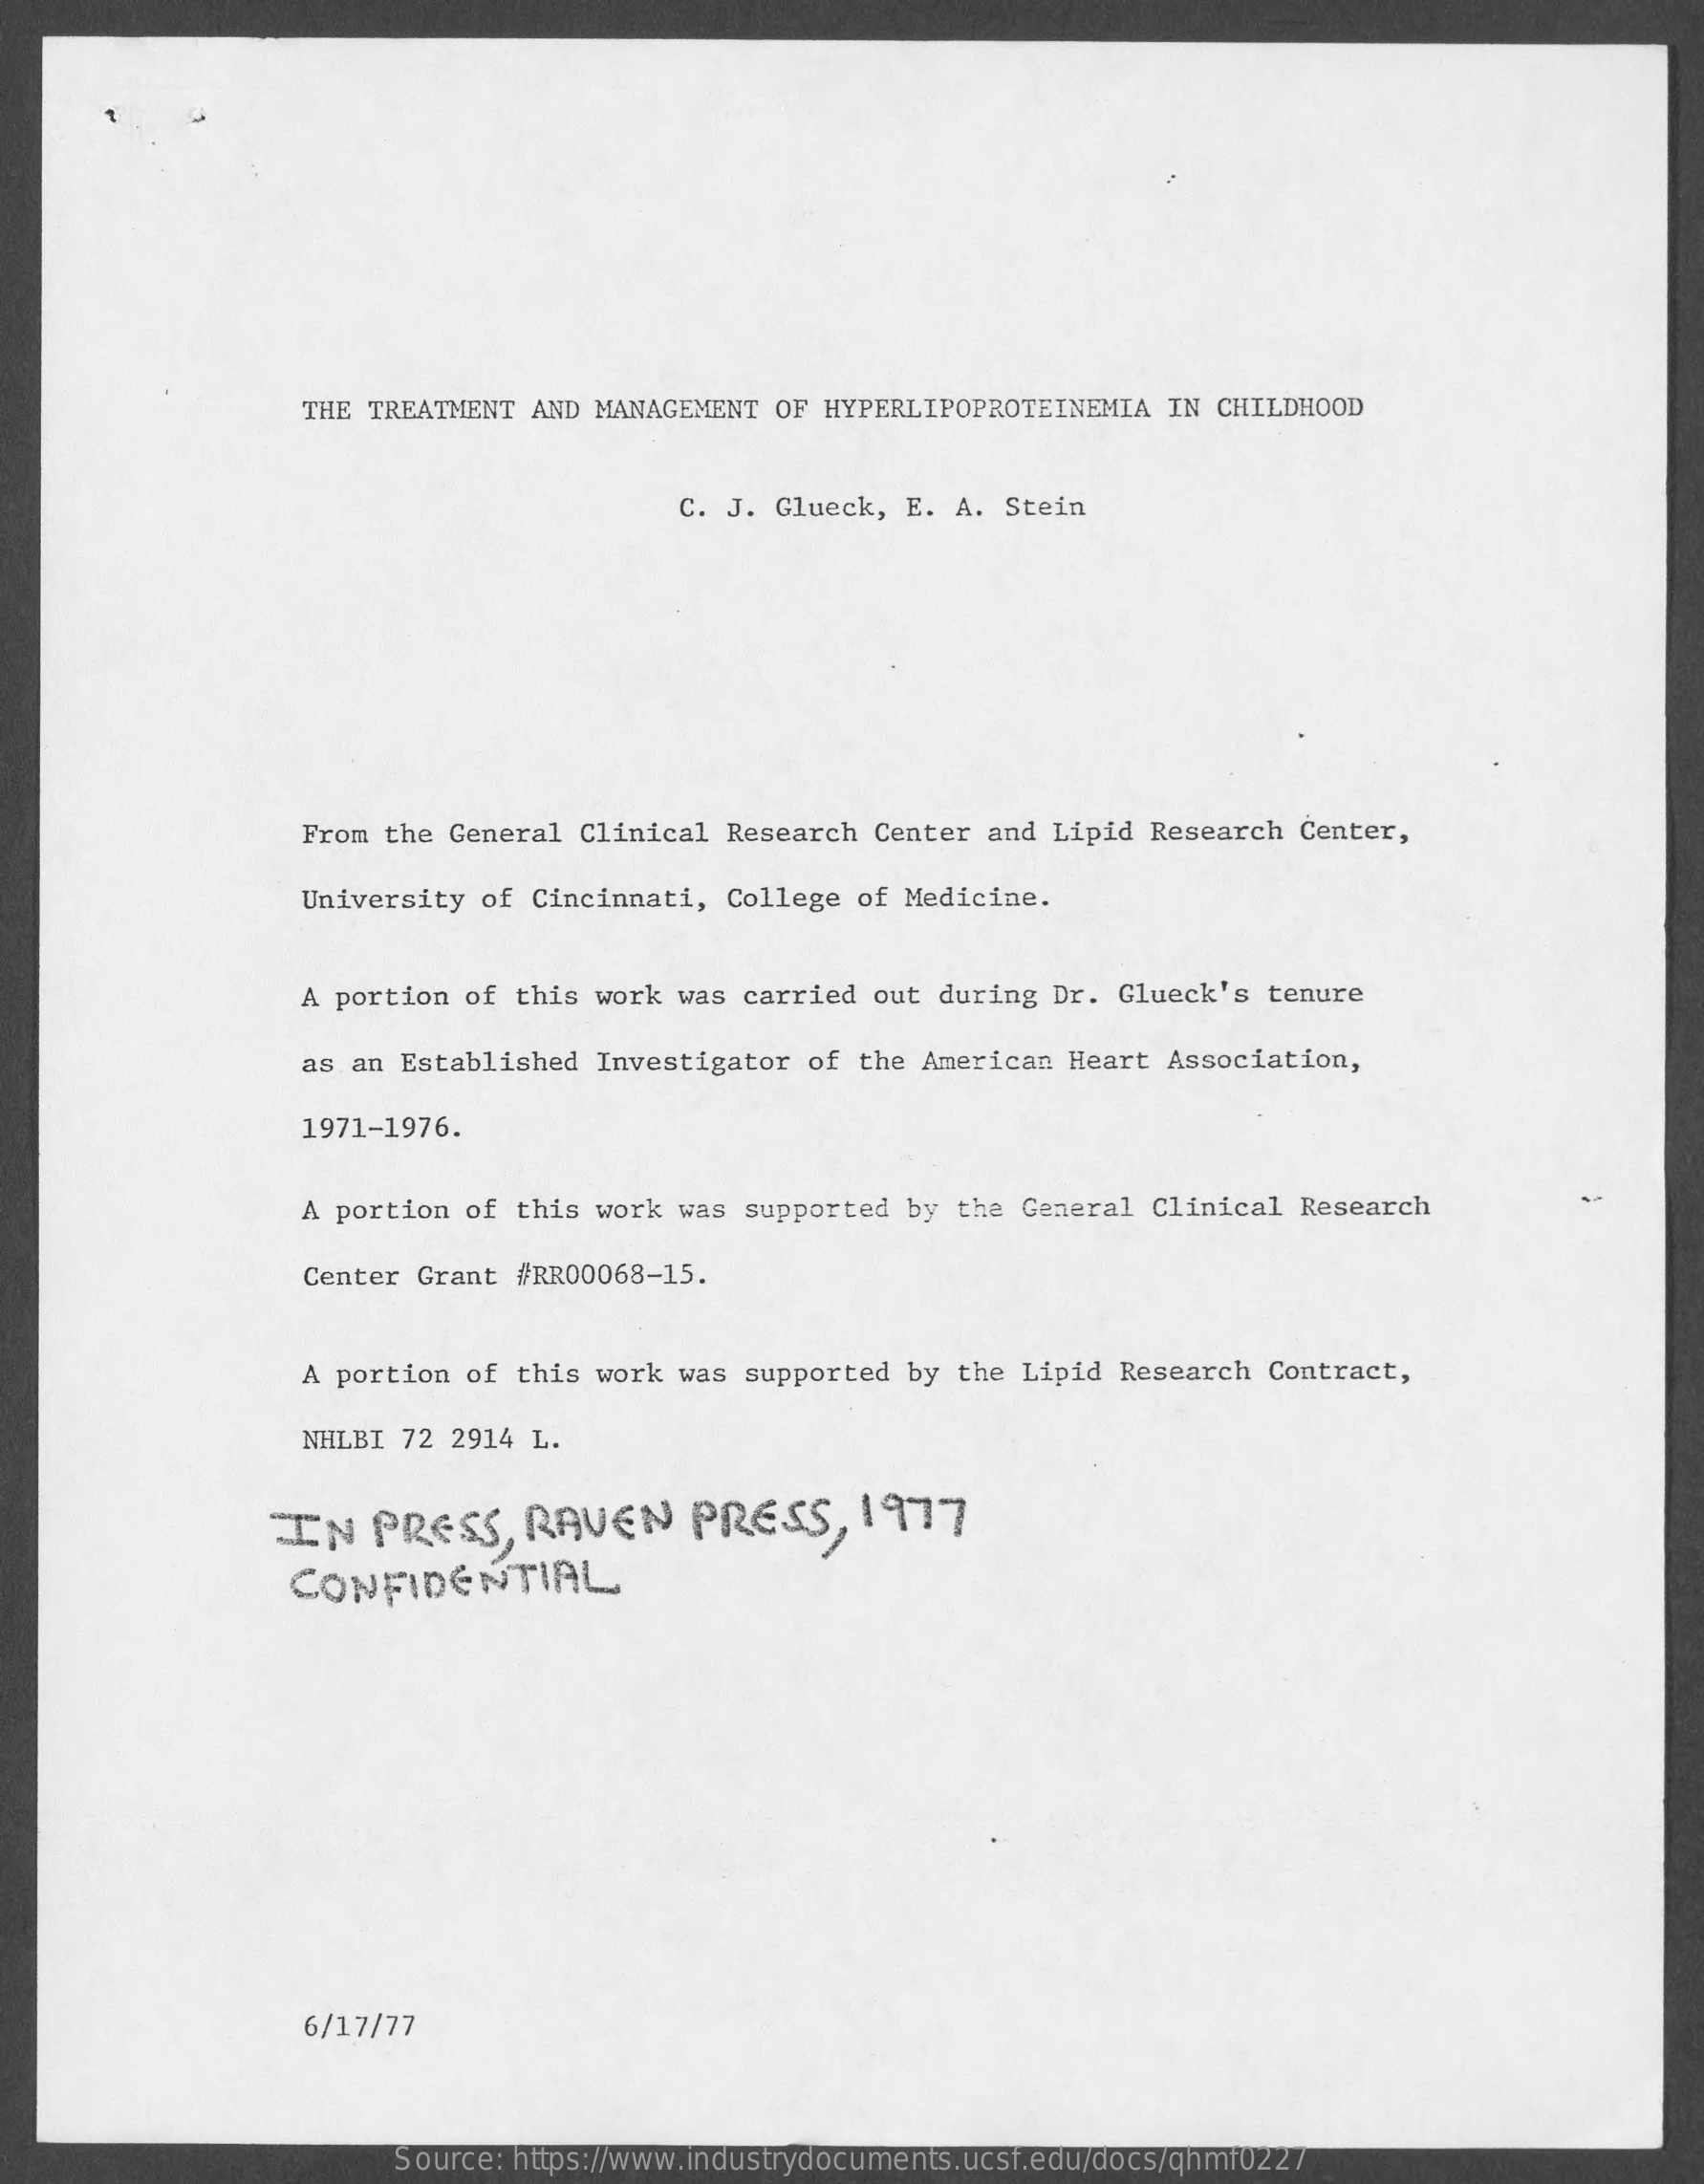
THE TREATMENT AND MANAGEMENT  OF HYPERLIPOPROTEINEMIA   IN CHILDHOOD
     C. J. Glueck, E.  A. Stein
     From the General Clinical  Research Center  and Lipid Research  Center,
     University of Cincinnati,  College of Medicine.
     A portion of this work  was carried out  during Dr. Glueck's  tenure
     as an Established  Investigator of  the American Heart  Association,
     1971-1976.
     A portion of this  work was supported by  the General Clinical  Research
     Center Grant #RR00068-15.
     A portion of this work  was supported by  the Lipid Research  Contract,
     NHLBI 72 2914 L.
     -IN   PRESS,    RAVEN    PRESS,    1977
     CONFIDENTIAL
     6/17/77
     Source: https://www.industrydocuments.ucsf.edu/docs/qhmf0227